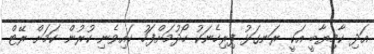
އަދި ކާމިޔާބީ އަކީ ރަނގަޅު ފިރިހެނަކު ހޯދުމަށްފަހު ކައިވެނި ކުރުން ކަމަށް ރޭޓް